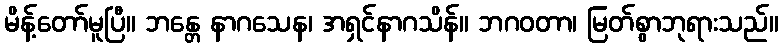
မိန့်တော်မူပြီ။ ဘန္တေ နာဂသေန၊ အရှင်နာဂသိန်။ ဘဂဝတာ၊ မြတ်စွာဘုရားသည်။